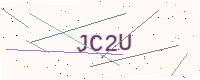
Text: JC2U